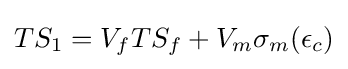
TS_{1}=V_{f}TS_{f}+V_{m}\sigma _{m}(\epsilon _{c})